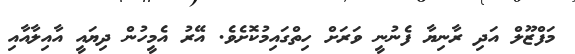
މަފްޒޫލް އަދި ރާނިޔާ ފެނުނީ ވަރަށް ހިތްގައިމުކޮށެވެ. އޭރު އެމީހުން ދިޔައީ އާއިލާއާއި